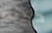
دزينة